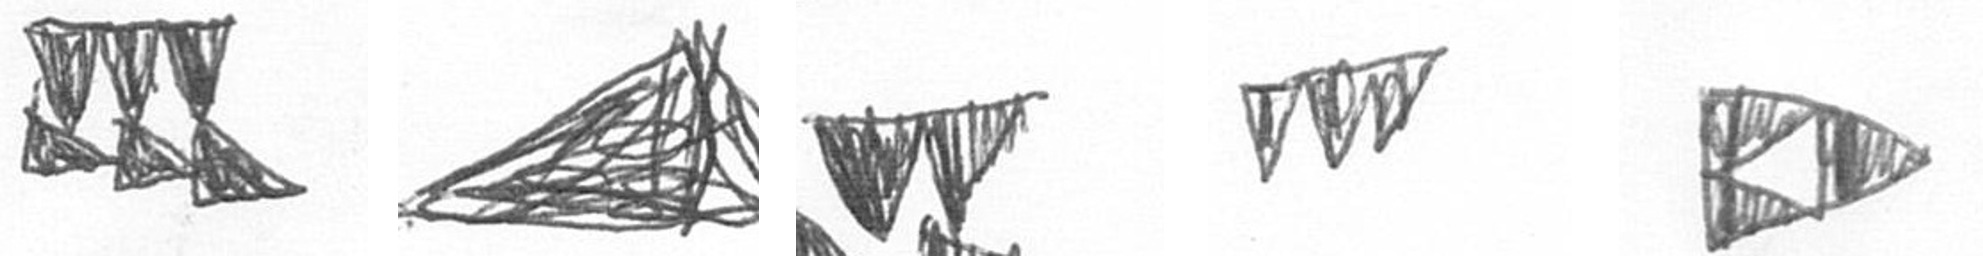
D O B L K